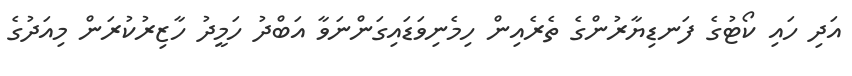
އަދި ހައި ކޯޓުގެ ފަނޑިޔާރުންގެ ތެރެއިން ހިމެނިވަޑައިގަންނަވާ އަބްދު ހަމީދު ހާޒިރުކުރަން މިއަދުގެ